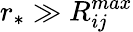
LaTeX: r_{*}\gg R_{ij}^{max}